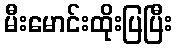
မီးမောင်းထိုးပြပြီး